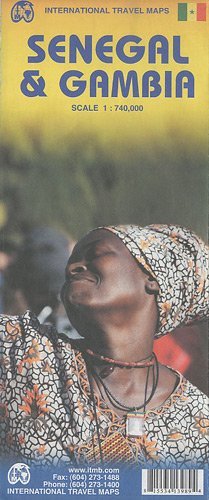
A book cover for By ITM Canada Senegal 1:740,000 & Gambia 1:340,000 Travel Map (International Travel Maps) (6th Edition) [Map]; Travel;